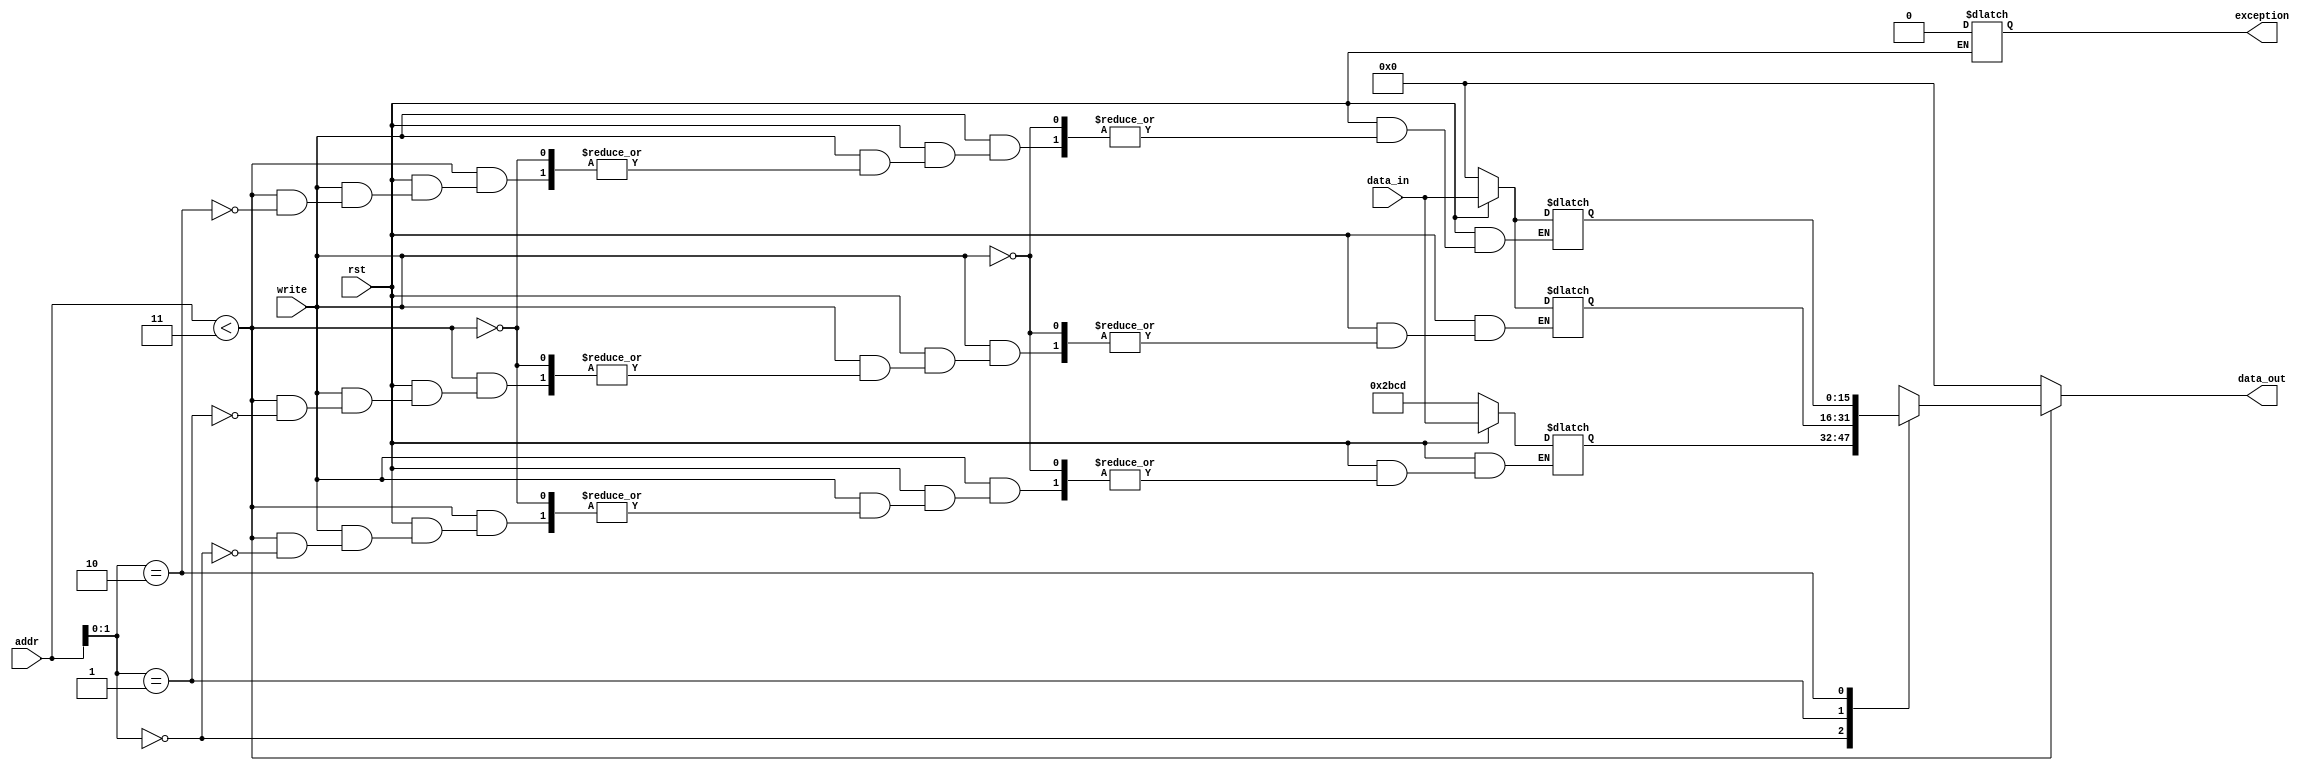
/* data_memory.v
 * data memory
 * Written by Daniel Gallegos and Brandon Ortiz
 * CSC142, Fall 2014, CSUS
*/

module data_memory(rst, addr, data_in, write, data_out, exception);

//Parameters
parameter DATA_MEM_ADDR_WIDTH = 16;
parameter DATA_MEM_WIDTH = 16;
parameter DATA_MEM_SIZE = 3;

// I/O ports
input rst;
input [DATA_MEM_ADDR_WIDTH-1:0] addr;
input [DATA_MEM_WIDTH-1:0] data_in;
input write;

//Output defined as register
output reg exception;
output reg [DATA_MEM_WIDTH-1:0] data_out;

//Registers
reg [DATA_MEM_WIDTH-1:0] data [DATA_MEM_SIZE-1:0];

integer i;

//Procedural blocks
always @(*)
begin
    if (!rst)
    begin
        exception = 1'b0; 
        
        data[0] = 16'h2bcd;
        
        for (i = 1; i < DATA_MEM_SIZE; i = i + 1)        
            data[i] = 0; 
    end
    else
    begin
        if (write)
            if (addr < DATA_MEM_SIZE)
                data[addr] = data_in;
    end
end

always @(addr)
begin
    if (addr < DATA_MEM_SIZE)
        data_out = data[addr];  
    else 
        data_out = 0;
end

endmodule

//-----------------------------END OF FILE-------------------------------------